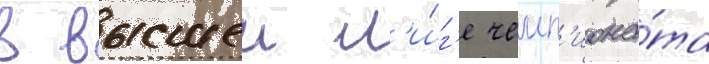
в высшеи л'и́г'е чемп'иона́та